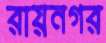
রায়নগর